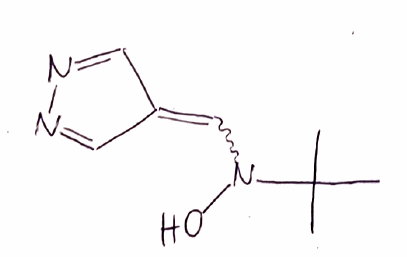
Simplified molecular-input line-entry system (SMILES) notation of the given molecule:
CC(C)(C)N(C=C1C=NN=C1)O